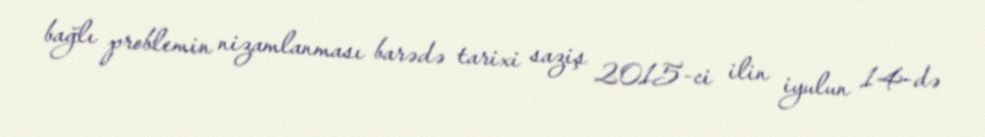
bağlı problemin nizamlanması barədə tarixi saziş 2015-ci ilin iyulun 14-də